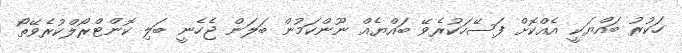
ހަކުރު ބައްޔަކީ އެއްކޮށް ފަސޭހަކުރެވޭ ބައްޔެއް ނޫންކަމުން ބަލަން ޖެހެނީ ބަލި ކޮންޓްރޯލްކުރެވޭތޯ